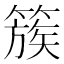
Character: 簇